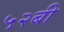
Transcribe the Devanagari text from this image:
५२बी